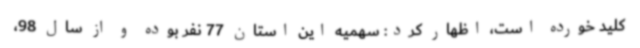
کلید خورده است، اظهار کرد: سهمیه این استان 77 نفر بوده و از سال 98،